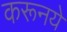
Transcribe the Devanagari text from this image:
करूनये